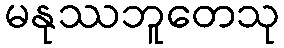
မနုဿဘူတေသု